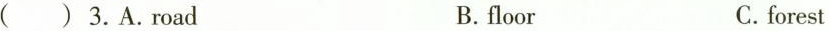
( ) 3. A.Road B.floor C.forest